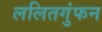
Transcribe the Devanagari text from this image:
ललितगुंफन